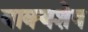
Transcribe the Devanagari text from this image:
वाक्यशेष